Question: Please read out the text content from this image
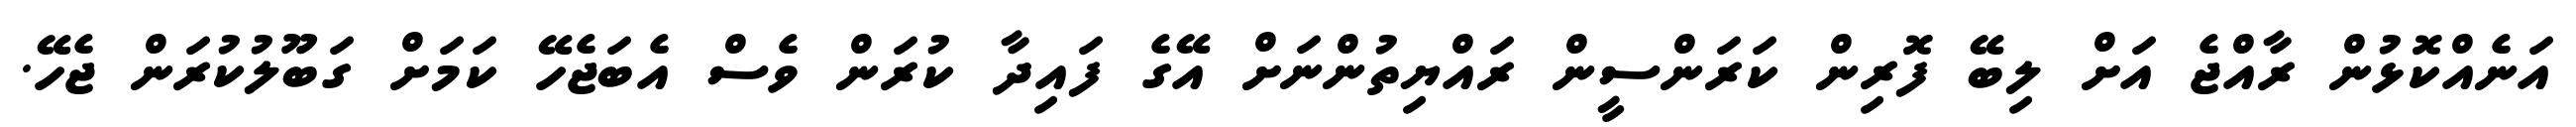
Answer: އަނެއްކޮޅުން ރާއްޖެ އަށް ލިބޭ ފޮރިން ކަރަންސީން ރައްޔިތުންނަށް އޭގެ ފައިދާ ކުރަން ވެސް އެބަޖެހޭ ކަމަށް ގަބޫލުކުރަން ޖެހޭ.